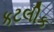
કટલીક